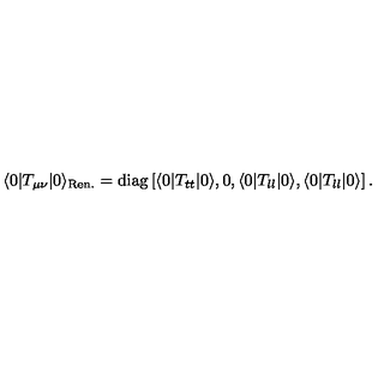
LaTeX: \langle 0 | T _ { \mu \nu } | 0 \rangle _ { \mathrm { \tiny R e n . } } = \mathrm { d i a g } \left[ \langle 0 | T _ { t t } | 0 \rangle , 0 , \langle 0 | T _ { l l } | 0 \rangle , \langle 0 | T _ { l l } | 0 \rangle \right] .